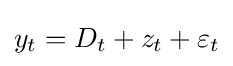
y_{t}=D_{t}+z_{t}+\varepsilon _{t}